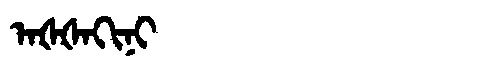
Manchu: ᠠᡧᡧᠠᡴᡳᠨᡳ
Romanization: AŠŠAKINI